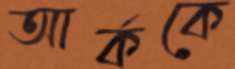
আর্ককে